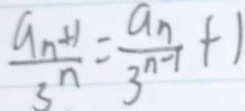
\frac { a _ { n } + 1 } { 3 ^ { n } } = \frac { a _ { n } } { 3 ^ { n - 1 } } + 1